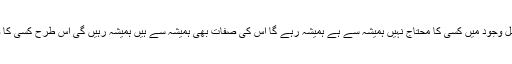
جس طرح اللّٰہ عَزَّ وَجَلَّ وُجود میں کسی کا محتاج نہیں ہمیشہ سے ہے ہمیشہ رہے گا اس کی صفات بھی ہمیشہ سے ہیں ہمیشہ رہیں گی اس طرح کسی کا وُجود مانناشِرک ہے ۔